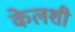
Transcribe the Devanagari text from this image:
केलशी